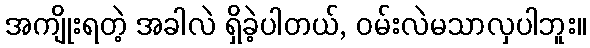
အကျိုးရတဲ့ အခါလဲ ရှိခဲ့ပါတယ်, ဝမ်းလဲမသာလှပါဘူး။